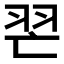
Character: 𦐀